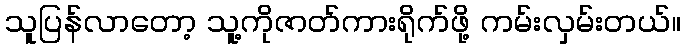
သူပြန်လာတော့ သူ့ကိုဇာတ်ကားရိုက်ဖို့ ကမ်းလှမ်းတယ်။